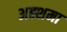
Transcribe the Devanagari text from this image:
अह्शमा